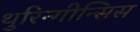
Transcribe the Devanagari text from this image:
थुरिन्गीन्सिस